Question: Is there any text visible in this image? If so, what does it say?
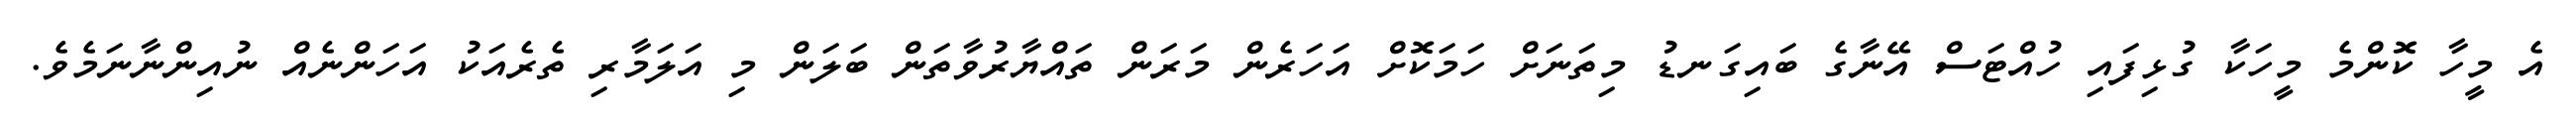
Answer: އެ މީހާ ކޮންމެ މީހަކާ ގުޅިފައި ހުއްޓަސް އޭނާގެ ބައިގަނޑު މިތަނަށް ހަމަކޮށް އަހަރެން މަރަން ތައްޔާރުވާތަން ބަލަން މި އަލަމާރި ތެރެއަކު އަހަންނެއް ނުއިންނާނަމެވެ.